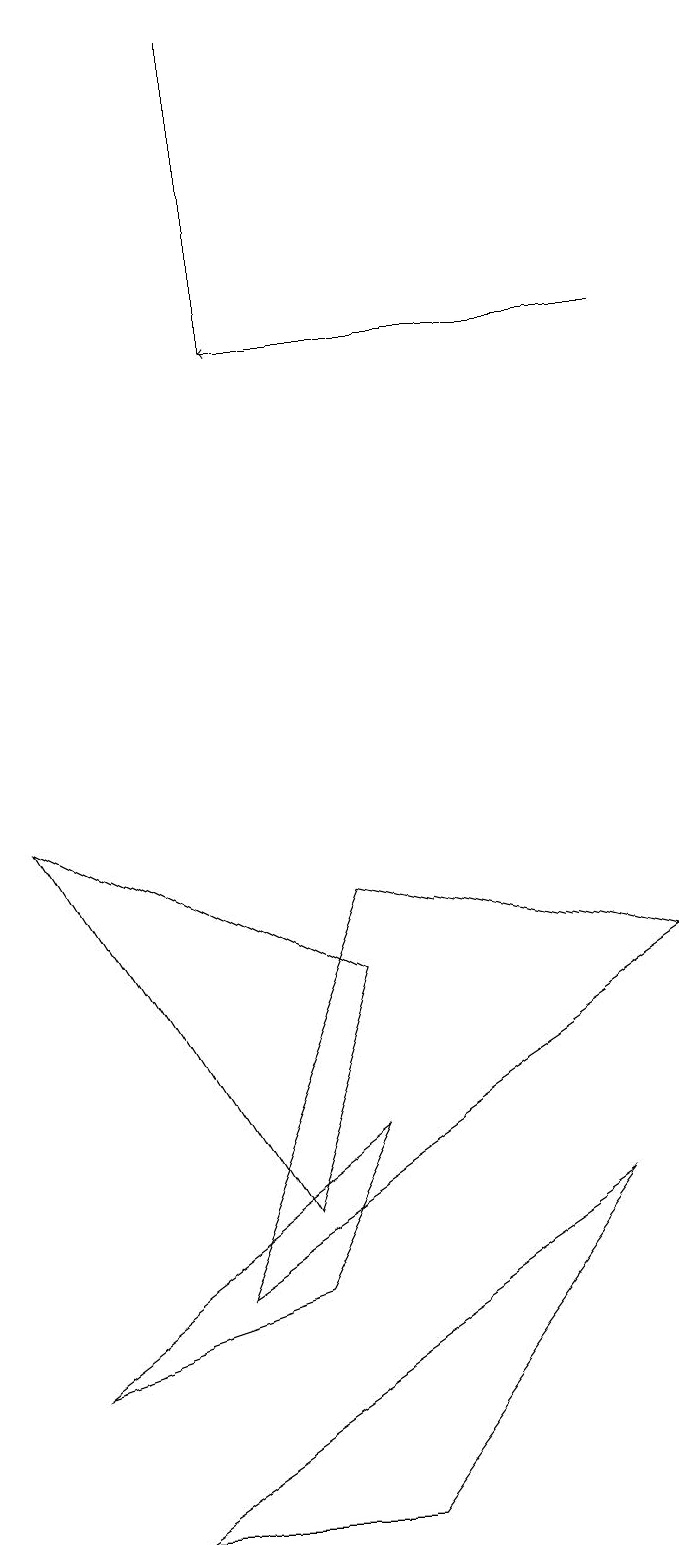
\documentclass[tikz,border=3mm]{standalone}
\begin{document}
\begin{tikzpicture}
\draw (3,15) rectangle (3,19);
\draw (0,9) -- (4,7) -- (3,4) -- cycle;
\draw (1,0) -- (7,4) -- (4,0) -- cycle;
\draw (4,8) -- (2,3) -- (8,7) -- cycle;
\draw (0,2) -- (4,5) -- (3,3) -- cycle;
\draw (0,18) rectangle (0,19);
\draw[->] (8,15) -- (3,15);
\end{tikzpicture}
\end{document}